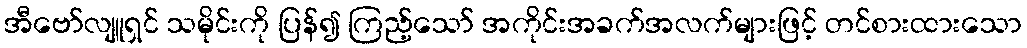
အီဗော်လျူရှင် သမိုင်းကို ပြန်၍ ကြည့်သော် အကိုင်းအခက်အလက်များဖြင့် တင်စားထားသော